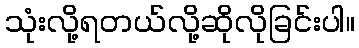
သုံးလို့ရတယ်လို့ဆိုလိုခြင်းပါ။